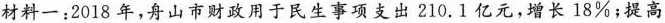
材料一：2018年，舟山市财政用于民生事项支出210.1亿元，增长18\%；提高